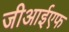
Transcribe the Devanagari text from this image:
जीआईएफ